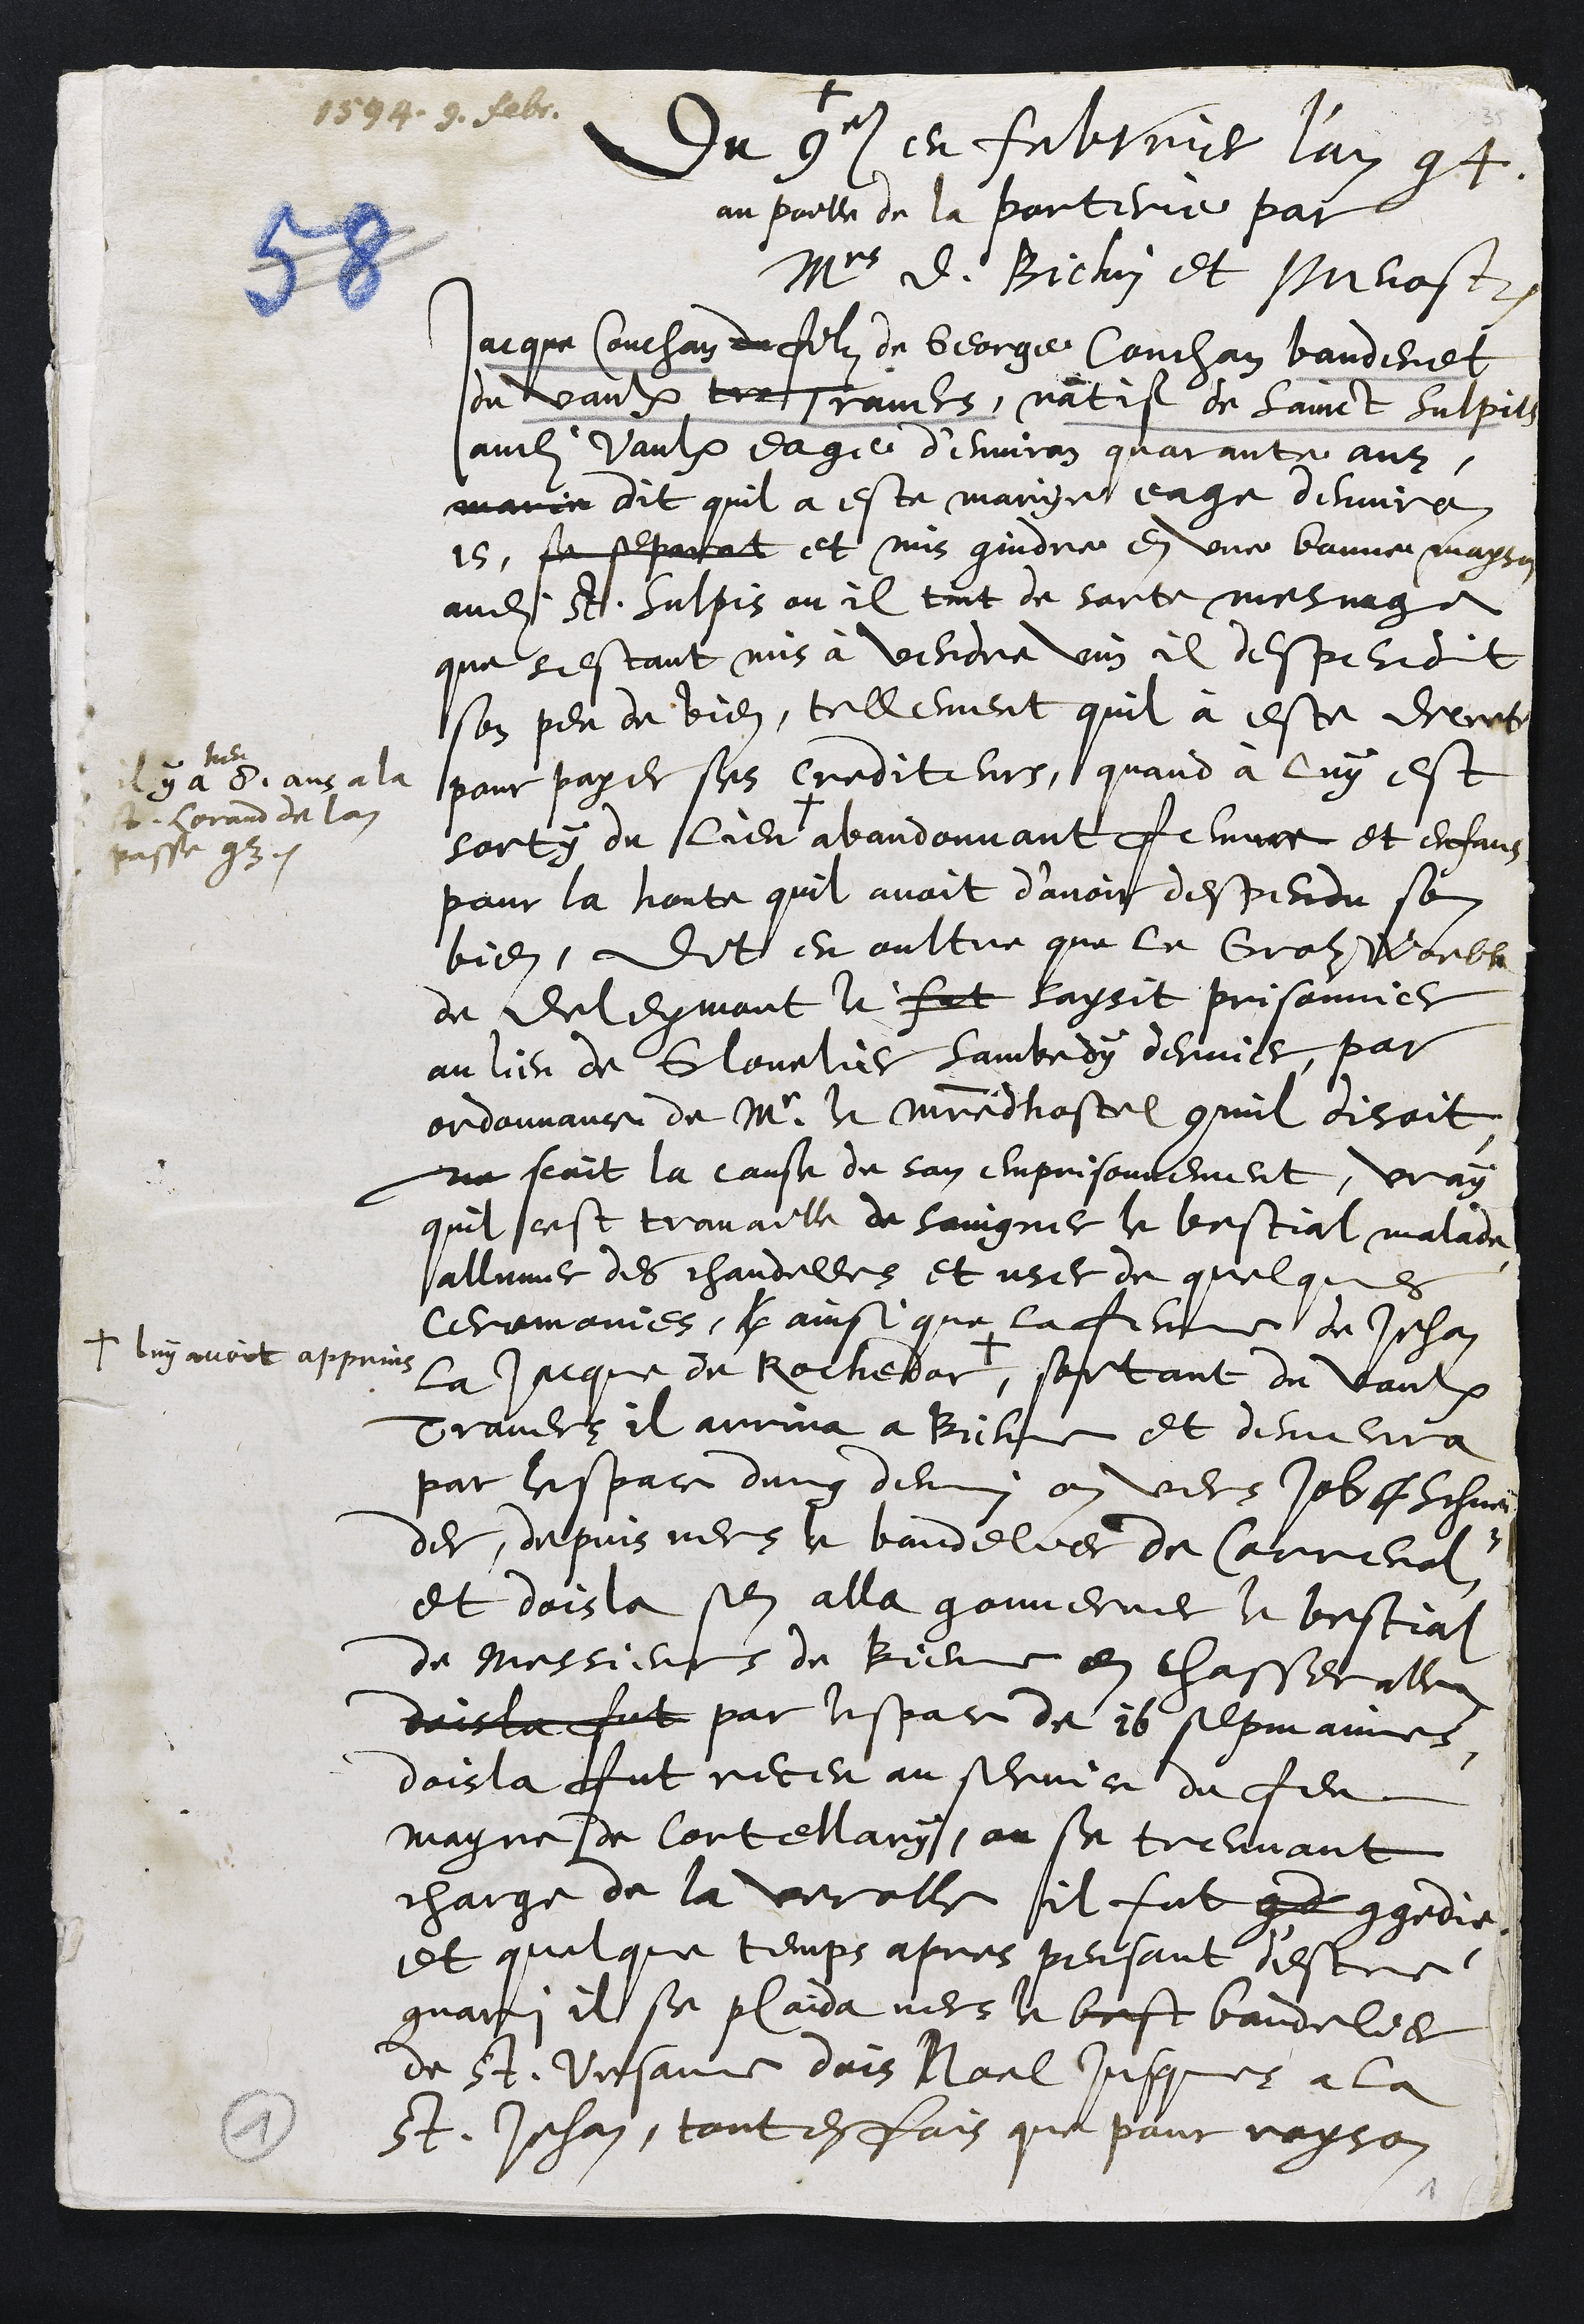
+
1594. 9. febr.
Du 9e en febvrier l'an 94
au poille de la porterie par
Mrs D. Bichin et Prevost.
Jacque Couchan du filz de George Couchan banderet
du vaulx tres Travers, natif de Sainct Sulpils
audit vaulx eagé d’environ quarante ans
marie dit quil a este marye eage denviron
15, se separat et mis gindre en une bonne mayson
audit St. Sulpis ou il tint de sorte mesnage
que sestant mis à vendre vin il despendit
son peu de bien, tellement quil à este decrete
pour payer ses crediteurs, quand à luy est
sorty du lieu +
Il y a
heu
8. ans a la
St. Lorand de lan
passe 93.
abandonnant femme et enfans
pour la honte quil avoit d’avoir despendu son
bien, dit en oultre que le Grolz Woeble
de Delemont le fut saisit prisonnier
au lieu de Glouvelier sambedy dernier, par
ordonnance de Mr le maistre dhostel commil disoit
ne scait la cause de son emprisonnement, vray
quil cest travaille de soingner le bestial malade
allumer des chandelles et user de quelques
ceremonies, l ainsi que la femme de Jehan
la Jacque de Rochedor
+
+ luy avoit apprins
sortant du vaulx
Travers il arriva a Bienne et demeura
par lespace dung demi an vers Job f Schnei¬
der, depuis vers le bandelier de Correnol
et dois la sen alla gouverner le bestial
de Messieurs de Bienne en chasseralle
dois la fut par lespace de 16 sepmaines,
dois la fut receu au service du feu
mayre de Cortellary, ou se treuvant
charge de la verolle il fut cond congedie
et quelque temps apres pensant destre
guari il se plaida vers le best bandelier
de St. Ursanne dois Noel jusques a la
St. Jehan, toutesfois que pour rayson